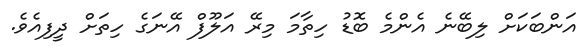
އަންބަކަށް ލިބޭނެ އެންމެ ބޮޑު ހިތާމަ މިރޭ އަލޫފް އޭނަގެ ހިތަށް ދީފިއެވެ.